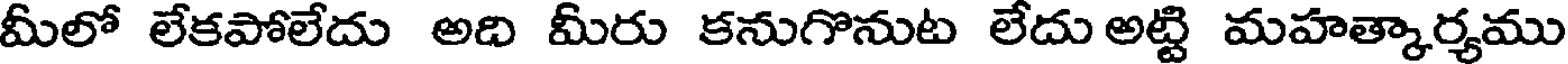
మీలో లేకపోలేదు అది మీరు కనుగొనుట లేదు అట్టి మహత్కార్యము